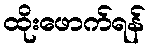
ထိုးဖောက်ရန်